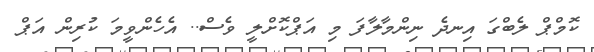
ކޮމްޕް ލެބްގަ އިނދެ ނިންމާލާފަ މި އަޕްކޮށްލީ ވެސް.. އެހެންވީމަ ކުރިން އަޕް